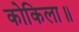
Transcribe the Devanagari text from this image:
कोकिला॥